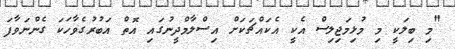
"މި ބިލަކީ މި މުޅިމަޖިލިސް އެކީ އެކައްޗަކަށް އިސްލާމްދީނުގައި އޮތް އަބުރުގެވާހަކަ ގެންނަވާފަ